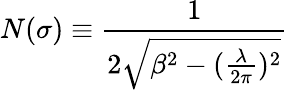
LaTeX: N(\sigma)\equiv\frac{1}{2\sqrt{\beta^{2}-(\frac{\lambda}{2\pi})^{2}}}